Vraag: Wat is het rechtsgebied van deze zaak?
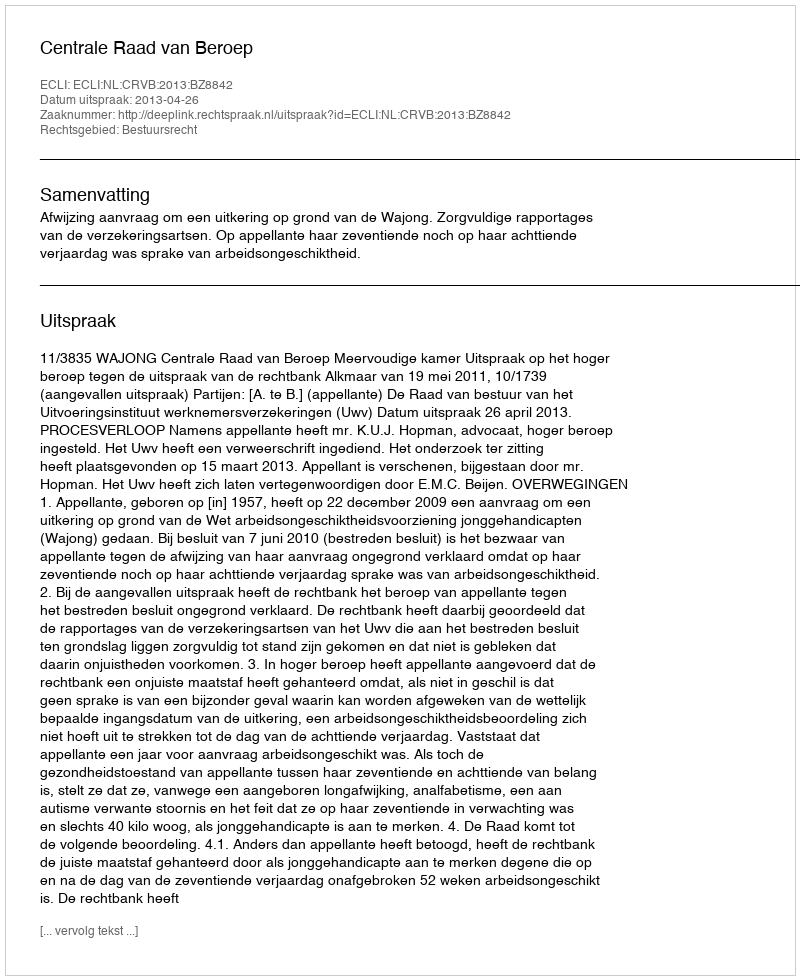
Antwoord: Bestuursrecht